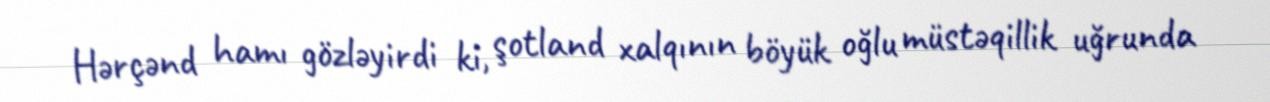
Hərçənd hamı gözləyirdi ki, şotland xalqının böyük oğlu müstəqillik uğrunda